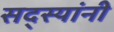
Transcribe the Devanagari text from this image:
सद्स्यांनी